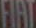
FIAT